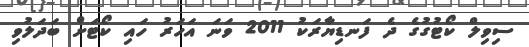
ސިވިލް ކޯޓުގުގެ ދެ ފަނޑިޔާރަކު 2011 ވަނަ އަހަރު ހައި ކޯޓަށް ބަދަލުވި